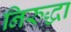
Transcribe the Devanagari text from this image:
निरुद्धा